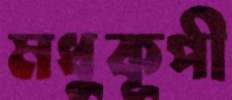
মধুকূপী